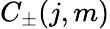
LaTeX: C_{\pm}(j,m)